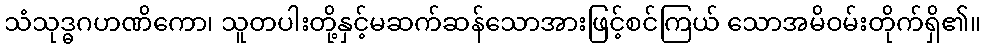
သံသုဒ္ဓဂဟဏိကော၊ သူတပါးတို့နှင့်မဆက်ဆန်သောအားဖြင့်စင်ကြယ် သောအမိဝမ်းတိုက်ရှိ၏။